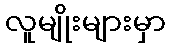
လူမျိုးများမှာ